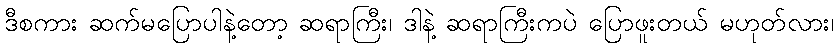
ဒီစကား ဆက်မပြောပါနဲ့တော့ ဆရာကြီး၊ ဒါနဲ့ ဆရာကြီးကပဲ ပြောဖူးတယ် မဟုတ်လား၊